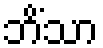
ဘိံသာ